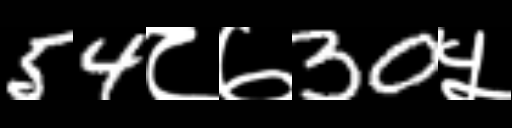
Text: 54८७30५